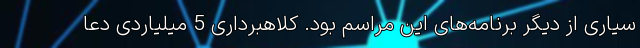
سیاری از دیگر برنامه‌های این مراسم بود. کلاهبرداری 5 میلیاردی دعا